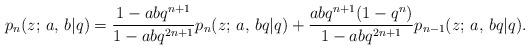
LaTeX: \begin{align*} p_n(z;\,a,\,b|q)={1-abq^{n+1}\over 1-abq^{2n+1}} p_{n}(z;\,a,\,bq|q)+{abq^{n+1}(1-q^n)\over 1-abq^{2n+1}} p_{n-1}(z;\,a,\,bq|q). \end{align*}